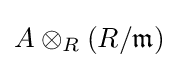
A\otimes _{R}(R/{\mathfrak {m}})